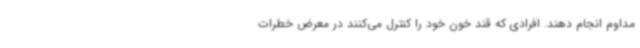
مداوم انجام دهند. افرادی که قند خون خود را کنترل می‌کنند در معرض خطرات